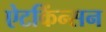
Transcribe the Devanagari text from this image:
ऐटकिंन्सन